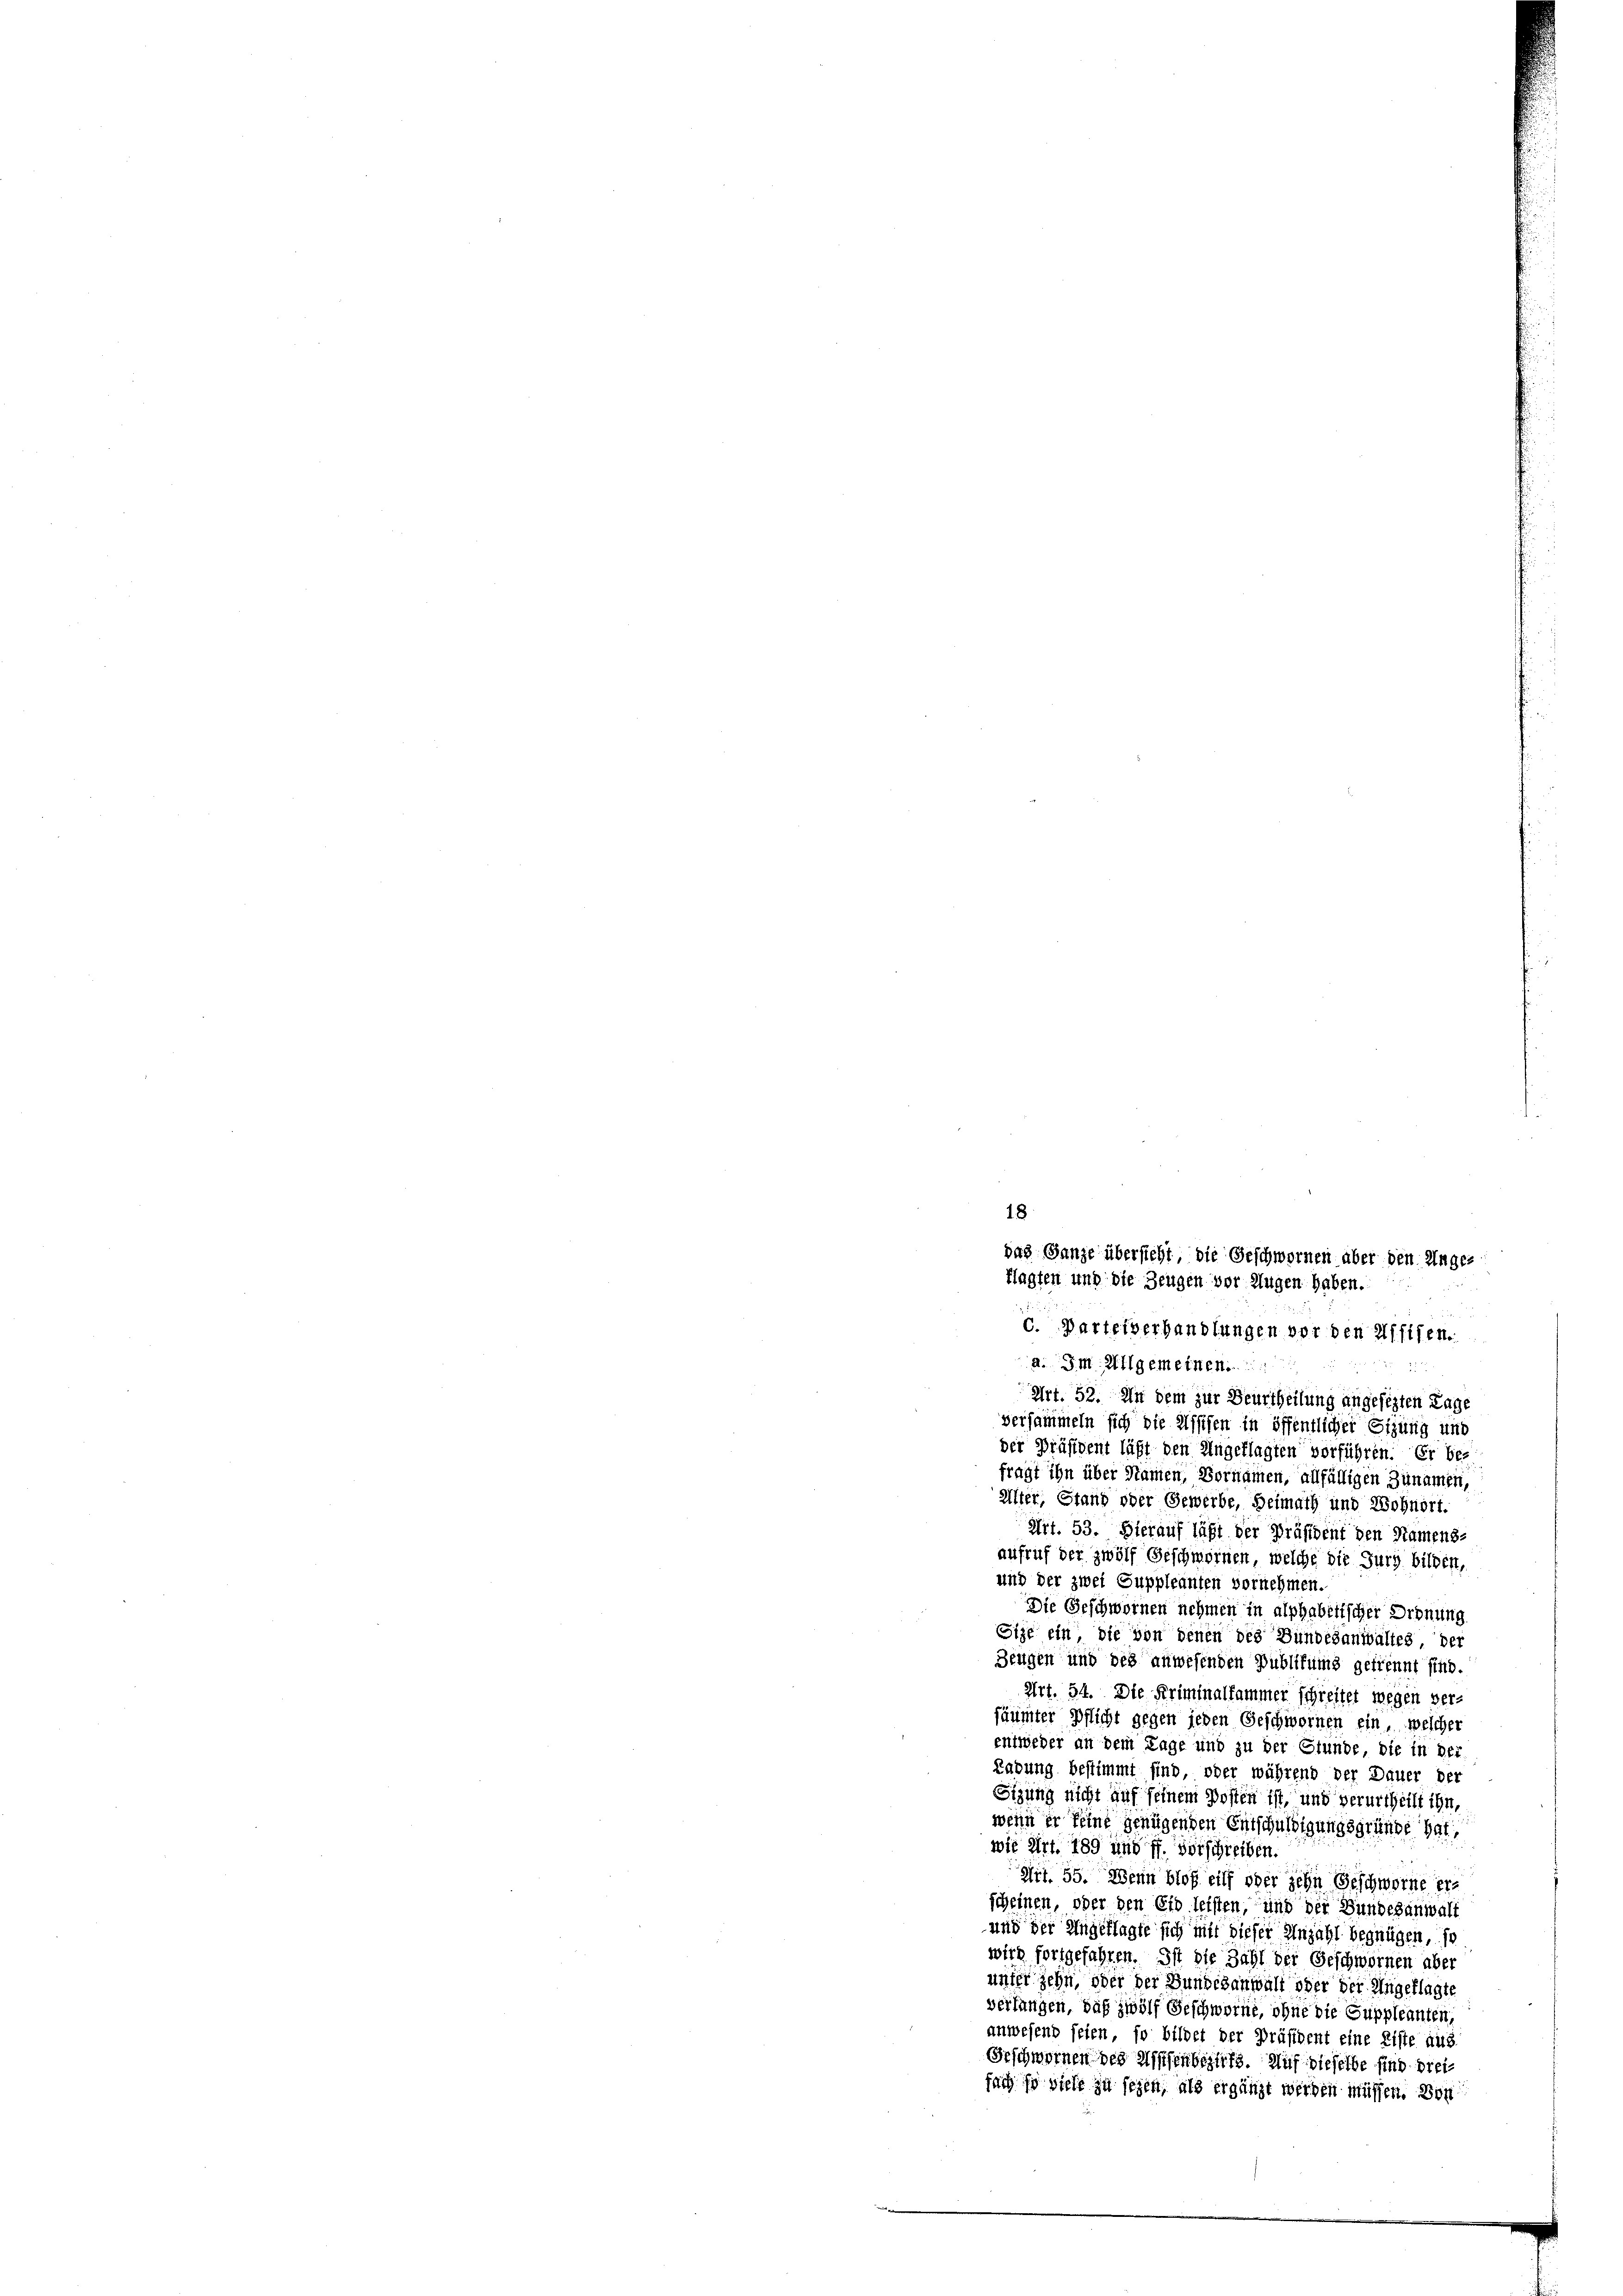
a. Im Allgemeinen
e
Art. 52. In dem zur Beurtheilung angesezten Lage
versammeln sich die Wisifen in öffentlicher Sizung und
der Präsident läßt den Angeklagten vorführen. Er be-
fragt ihn über Namen, Vornamen, allfälligen Zunamen,
Alter, Stand oder Gewerbe, Heimath und Wohnort.
Art. 53. Hierauf läßt der Präsident den Namens-
aufruf der zwölf Geschwornen, welche die Burg bilden,
und der zwei Suppleanten vornehmen.
Die Geschwornen nehmen in alphabetischer Ordnung
Size ein die von denen des Bundesanwaltes, der
Zeugen und des anwesenden Publikums getrennt sind.
Art. 54. Die Kriminalfammer Schreitet wegen ver-
fäumter Pflicht gegen jeden Geschwornen ein, welcher
entweder an dem Tage und zu der Stunde die in der
Labung bestimmt sind, oder während der Dauer der
Sizung nicht auf seinem Posten ist, und verurtheilt ihn,
wenn er keine genügenden Entschuldigungsgründe hat,
wie Art. 189 und ff. Vorschreiben.
Art. 55. Wenn bloß eilf oder zehn Geschworte erscheinen, oder den Eid leisten, und der Bundesanwalt
und der Angeklagte sich mit dieser Anzahl begnügen, so
wird fortgefahren. Ist die Zahl der Geschwornen aber
unter zehn, oder der Bundesanwalt oder der Angeklagte
verlangen, daß zwölf Geschworne, ohne die Suppleanten,
anwesend seien, so bildet der Präsident eine Liste aus
Geschwornen des Wissenberufs. Auf dieselbe sind drei
fach so viele zu sehen, als ergänzt werden müssen. Son

18
das Ganze übersicht, die Geschwornen aber den Unge-
klagten und die Zeugen vor Augen haben.
c. Warteiverhandlungen vor den Assisen.